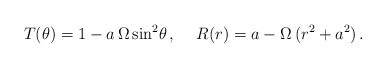
\begin{align*}T(\theta) = 1 - a\,\Omega\,{ \sin}^{2}{\theta}\, ,\hspace{.5cm}R(r) = a - \Omega\,({r}^{2} + {a}^{2})\, .\end{align*}